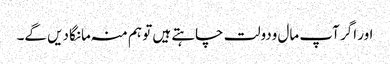
اور اگر آپ مال ودولت چاہتے ہیں تو ہم منہ مانگا دیں گے۔